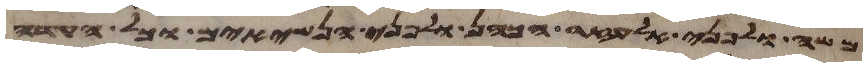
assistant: משה ולפני אלעזר הכהן ולפני הנשיאים וכל העדה